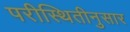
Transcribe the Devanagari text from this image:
परीस्थितीनुसार